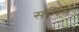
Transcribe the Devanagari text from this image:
संमिश्रं